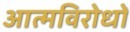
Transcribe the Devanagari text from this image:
आत्मविरोधों